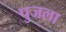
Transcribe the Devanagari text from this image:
पुजला